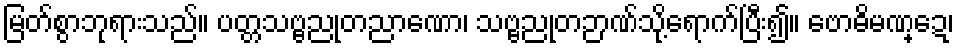
မြတ်စွာဘုရားသည်။ ပတ္တသဗ္ဗညုတညာဏော၊ သဗ္ဗညုတဉာဏ်သို့ရောက်ပြီး၍။ ဗောဓိမဏ္ဍေ၊